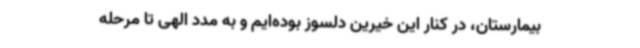
بیمارستان، در کنار این خیرین دلسوز بوده‌ایم و به مدد الهی تا مرحله